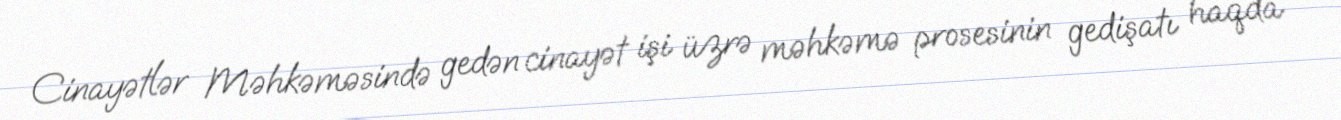
Cinayətlər Məhkəməsində gedən cinayət işi üzrə məhkəmə prosesinin gedişatı haqda